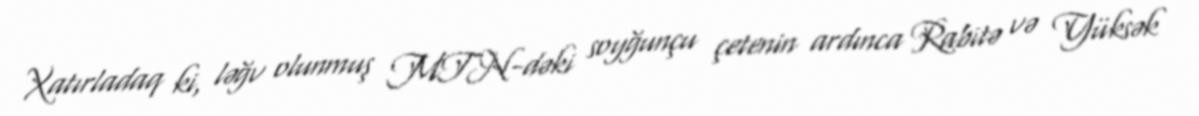
Xatırladaq ki, ləğv olunmuş MTN-dəki soyğunçu çetenin ardınca Rabitə və Yüksək